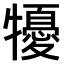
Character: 𤛾